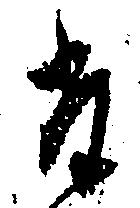
た